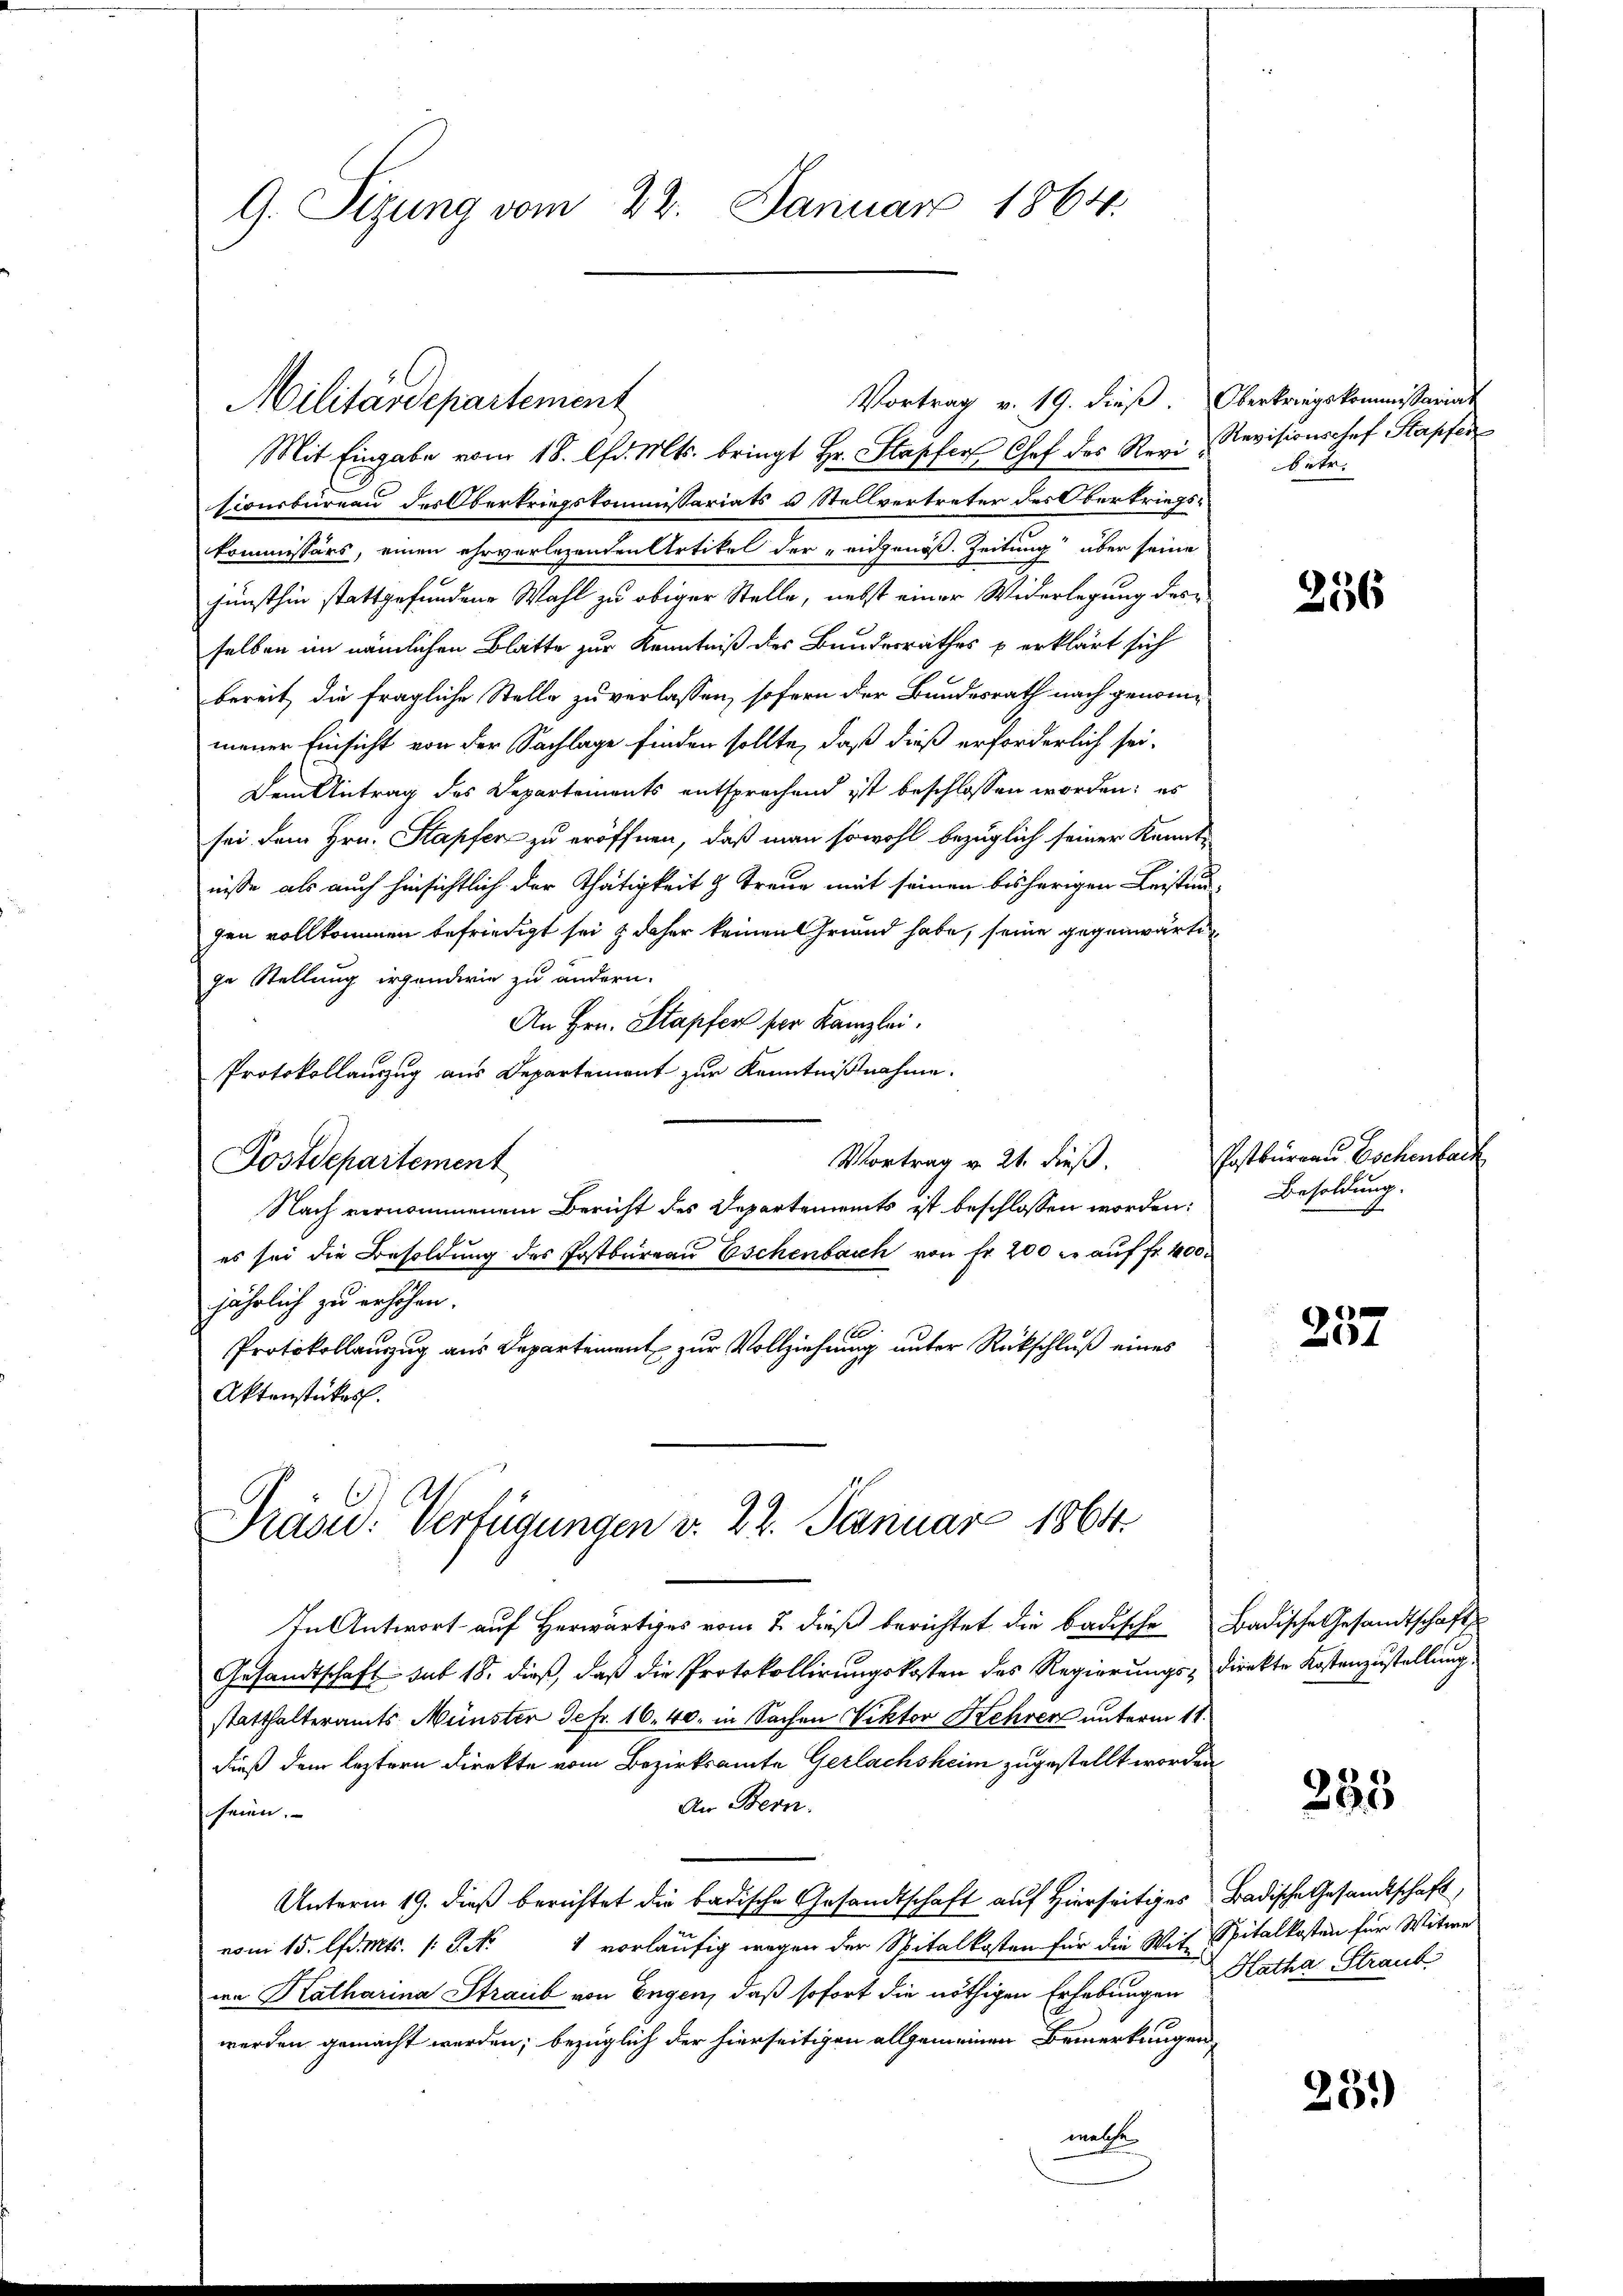
G. Sizung vom 22. Januar 1864.

Vortrag v. 19. dieß. Oberkriegskommissariat
Mit Eingabe vom 18. lfd. Mts. bringt Hr. Stapfer Chef des Revi, Revisionshof Stapfer
sionsbüreau des Oberkriegskommissariats u Stellvertreter des Oberkriegskommissärs, einen ehrverlesenden Artikel der eidgenöß. Zeitung über seine
jünsthin stattgefundene Wahl zu obiger Stelle, nebst einer Widerlegung des
selben im nämlichen Blatte zur Kenntniß des Bundesrathes u erklärt sich
bereit, die fragliche Stelle zu verlassen, sofern der Bundesrath nach genommener Einsicht von der Sachlage finden sollte, daß dieß erforderlich sei-
Dem Antrag des Departements entsprechend ist beschlossen worden; es
sei dem Hrn. Stapfer zu eröffnen, daß man sowohl bezüglich seiner Kenntnisse als auch hinsichtlich der Thätigkeit & Treue mit seinen bisherigen Leistungen vollkommen befriedigt sei & daher keinen Grund habe, seine gegenwärten
ge Stellung irgendwie zu ändern.
An Hrn. Stapfer ser Kanzlei.
Protokollauszug aus Departement zur Kenntnißnahme.
Vortrag v. 21. dieß.
Postdepartement
Nach vernommenem Bericht des Departements ist beschlossen worden:
es sei die Besoldung des Postbureau Eschenbach von Fr. 200 l. auf fr. 400.
jährlich zu erhöhen.
1
Protokollanzug aus Departement zur Vollziehung unter Rückschluß eines
Aktenstükes.

Militärdepartement

Präsid. Verfügungen v. 22. Januar 1864.

In Antwort auf Herwärtiges vom 7. dieß berichtet die badische Badische Gesandtschaft
Gesandtschaft sub 18. dieß, daß die Protokollirungskosten des Regierungs-Direkte Kostenzustellung.
statthalteramts Münster Defr. 16. 40. in Sachen Viktor Kehrer unterm 11.
dieß dem leztern Direkte vom Bezirksamte Gerlachsheim zugestellt worden
An Bern.
seien.
Unterm 19. dieß berichtet die badische Gesandtschaft auf Hierseitiges Badische Gesandtschaft
vom 15. d. Mts. s. S. Nr. 1 vorläufig wegen der Spitalkosten für die Mit Spitalkosten für Witwe
wa Katharina Straub von Engen, daß sofort die nöthigen Erhebungen
werden gemacht werden; bezüglich der hierseitigen allgemeinen Bemerkungen
welche

betr.

256

Postbureaus Eschenbach
Besoldung.
f

e
4

253

Katha Straub

23.)